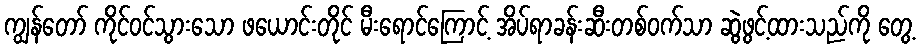
ကျွန်တော် ကိုင်ဝင်သွားသော ဖယောင်းတိုင် မီးရောင်ကြောင့် အိပ်ရာခန်းဆီးတစ်ဝက်သာ ဆွဲဖွင့်ထားသည်ကို တွေ့